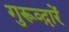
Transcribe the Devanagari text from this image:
गुरूव्‍द़ारें